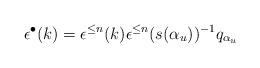
LaTeX: \begin{align*}\epsilon^{\bullet}(k)=\epsilon^{\le n}(k)\epsilon^{\le n}(s(\alpha_u))^{-1}q_{\alpha_u} \end{align*}